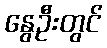
နွေဦးတွင်